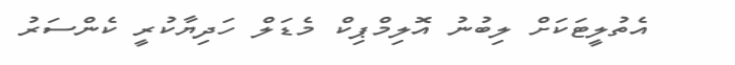
އެތުލީޓަކަށް ލިބުނު އޮލިމްޕިކް މެޑަލް ހަދިޔާކުރީ ކެންސަރު